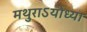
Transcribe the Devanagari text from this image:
मथुराऽयोध्या